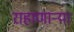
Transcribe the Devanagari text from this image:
राहाणाऱ्या